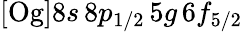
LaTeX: [\mathrm{Og}]8s\, 8p_{1/2}\, 5g\, 6f_{5/2}